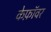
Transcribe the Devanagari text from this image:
केफ़ॉवर